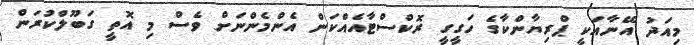
މިއަދު އޭނާއަކީ ޕްރިޔާންކާގެ ހަގީގީ ރޮކްސްޓާއެއްކަން އެންމެންނަށް ވެސް މި އޮތީ ގަބޫލްކުރަން